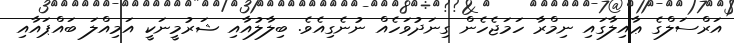
އަރްސަލްގެ ޢާއިލާގައި ނިމްރާ ހަމަޖެހެން ގިނަދުވަހެއް ނުނެގިއެވެ. ބިލާލުއާއި ޝަރުމީނަކީ އަމިއްލަ ބައްޕައާއި